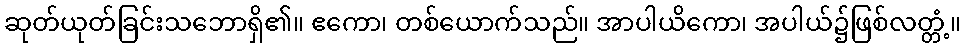
ဆုတ်ယုတ်ခြင်းသဘောရှိ၏။ ဧကော၊ တစ်ယောက်သည်။ အာပါယိကော၊ အပါယ်၌ဖြစ်လတ္တံ့။